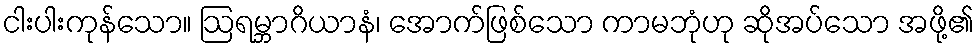
ငါးပါးကုန်သော။ ဩရမ္ဘာဂိယာနံ၊ အောက်ဖြစ်သော ကာမဘုံဟု ဆိုအပ်သော အဖို့၏